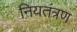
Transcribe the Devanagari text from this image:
नियतंत्रण